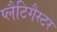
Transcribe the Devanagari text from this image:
प्लैटिगैस्टर